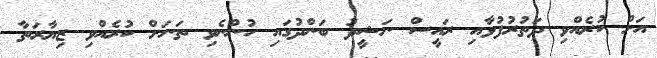
އަށް ކުރެއްވި ދަތުރުފުޅާއި ރައީސް ނަޝީދު ބަންދުގައި ހުންނެވި ތަނަށް ކުރެއްވި ޒިޔާރަތާ